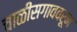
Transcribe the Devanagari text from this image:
चाळीसगाववरून